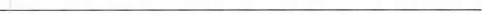
___